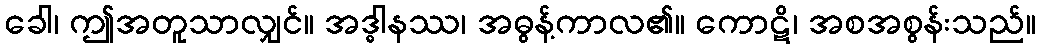
ခေါ၊ ဤအတူသာလျှင်။ အဒ္ဓါနဿ၊ အဓွန့်ကာလ၏။ ကောဋိ၊ အစအစွန်းသည်။